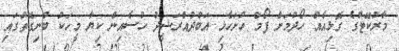
މާރުކޭޓުގެ ގޮޅިއެއް ހޯދުމަށް ފޯމް ހުށަހެޅި އަބްދުއްރަޝީދު ހުސެއިން ކިޔާ މީހަކު ބުނިގޮތުގައި